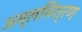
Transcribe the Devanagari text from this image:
अम्लमिश्रण